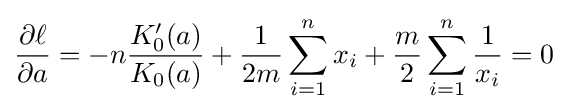
{\frac {\partial \ell }{\partial a}}=-n{\frac {K_{0}'(a)}{K_{0}(a)}}+{\frac {1}{2m}}\sum _{i=1}^{n}x_{i}+{\frac {m}{2}}\sum _{i=1}^{n}{\frac {1}{x_{i}}}=0